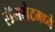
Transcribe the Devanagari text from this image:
लॅनसेटमध्ये